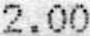
2.00